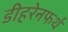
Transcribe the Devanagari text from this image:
डीहरेनफर्थ